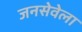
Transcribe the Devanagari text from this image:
जनसेवेला